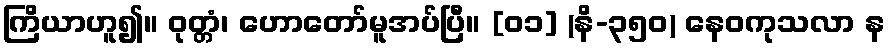
ကြိယာဟူ၍။ ဝုတ္တံ၊ ဟောတော်မူအပ်ပြီ။ [၀၁] (နိ-၃၅၀) နေဝကုသလာ န